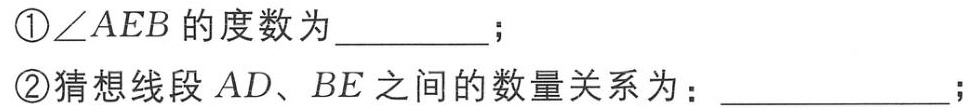
\textcircled{1}$\angle AEB$的度数为__________；

\textcircled{2}猜想线段$AD、BE$之间的数量关系为：____________；